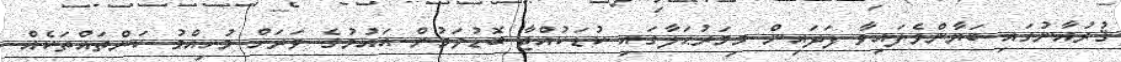
ޤުރުއާނުގައި ބަޔާންވެފައިވާ ފަދައިން މިމަރުޙަލާގައި ކުޑަކުއްޖާ ބޮޑުވަމުން އައުމުގެ ވަރަށް މުހިއްމު ކަންތައްތަކެއް